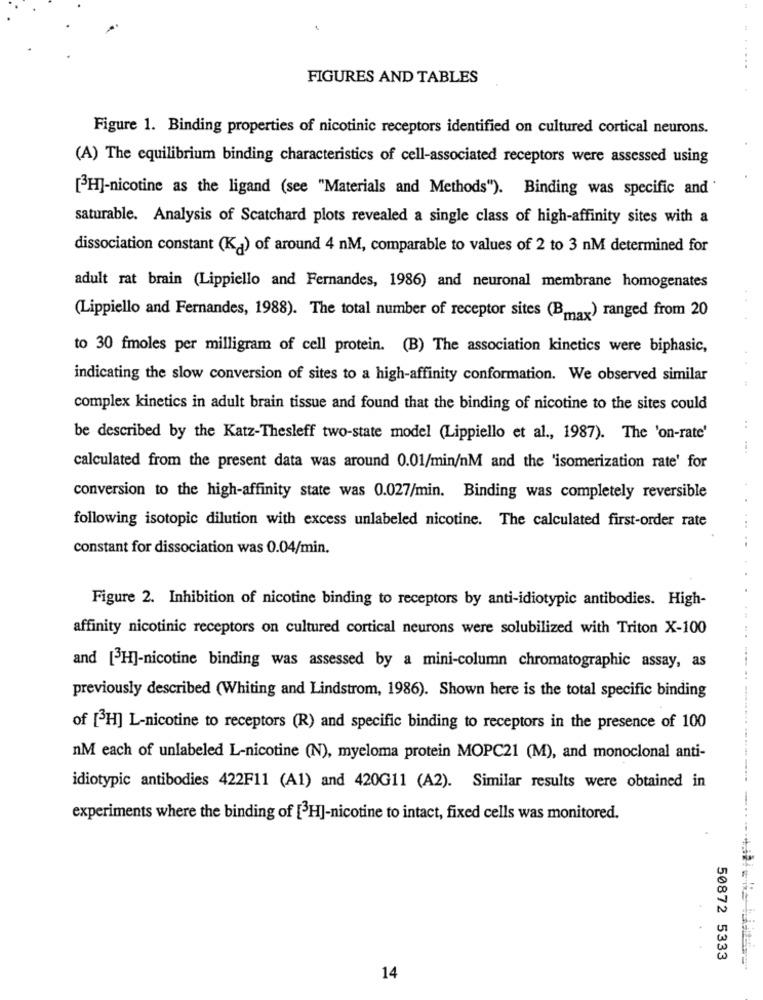
. .....
FIGURES AND TABLES
Figure 1. Binding properties of nicotinic receptors identified on cultured cortical neurons.
(A) The equilibrium binding characteristics of cell-associated receptors were assessed using
[3H]-nicotine as the ligand (see "Materials and Methods"). Binding was specific and
saturable. Analysis of Scatchard plots revealed a single class of high-affinity sites with a
dissociation constant (Ka) of around 4 nM, comparable to values of 2 to 3 nM determined for
adult rat brain (Lippiello and Fernandes, 1986) and neuronal membrane homogenates
(Lippiello and Fernandes, 1988). The total number of receptor sites (Bmax) ranged from 20
to 30 fmoles per milligram of cell protein. (B) The association kinetics were biphasic,
indicating the slow conversion of sites to a high-affinity conformation. We observed similar
complex kinetics in adult brain tissue and found that the binding of nicotine to the sites could
..
be described by the Katz-Thesleff two-state model (Lippiello et al ., 1987). The 'on-rate'
calculated from the present data was around 0.01/min/nM and the 'isomerization rate' for
conversion to the high-affinity state was 0.027/min. Binding was completely reversible
following isotopic dilution with excess unlabeled nicotine. The calculated first-order rate
constant for dissociation was 0.04/min.
Figure 2. Inhibition of nicotine binding to receptors by anti-idiotypic antibodies. High-
affinity nicotinic receptors on cultured cortical neurons were solubilized with Triton X-100
and [3H]-nicotine binding was assessed by a mini-column chromatographic assay, as
previously described (Whiting and Lindstrom, 1986). Shown here is the total specific binding
of [H] L-nicotine to receptors (R) and specific binding to receptors in the presence of 100
nM each of unlabeled L-nicotine (N), myeloma protein MOPC21 (M), and monoclonal anti-
idiotypic antibodies 422F11 (A1) and 420G11 (A2). Similar results were obtained in
experiments where the binding of [3H]-nicotine to intact, fixed cells was monitored.
50872 5333
14